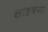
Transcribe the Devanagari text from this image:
साहवेना